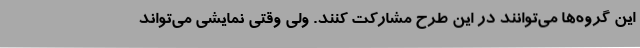
این گروه‌ها می‌توانند در این طرح مشارکت کنند. ولی وقتی نمایشی می‌تواند